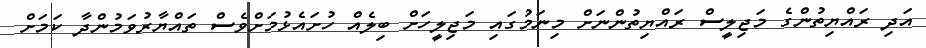
އަދި ރައްޔިތުންގެ މަޖިލީސް ރައްޔިތުންނަށް މިނަމުގައި މަޖިލީހަށް ބިލެއް ހުށައެޅުމަށްވެސް ތައްޔާރުވަމުންދާ ކަމަށް